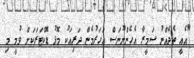
"އެއީ ތެދެއްނު ސަމީރާ އެހެންނޫނަސް އަހަރުމެން ދަރިއަކު މޮޅު ޑޮކްޓަރަކަށް ވުމީ މި